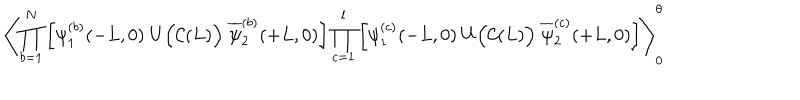
LaTeX: \left\langle \prod _ { b = 1 } ^ { N } \left[ \psi _ { 1 } ^ { ( b ) } ( - L , 0 ) \; U \Big ( { \cal C } ( L ) \Big ) \; \overline { { { \psi } } } _ { 2 } ^ { ( b ) } ( + L , 0 ) \right] \prod _ { c = 1 } ^ { l } \left[ \psi _ { 1 } ^ { ( c ) } ( - L , 0 ) \; U \Big ( { \cal C } ( L ) \Big ) \; \overline { { { \psi } } } _ { 2 } ^ { ( c ) } ( + L , 0 ) \right] \right\rangle _ { 0 } ^ { \theta }